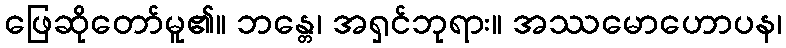
ဖြေဆိုတော်မူ၏။ ဘန္တေ၊ အရှင်ဘုရား။ အဿမောဟောပန၊